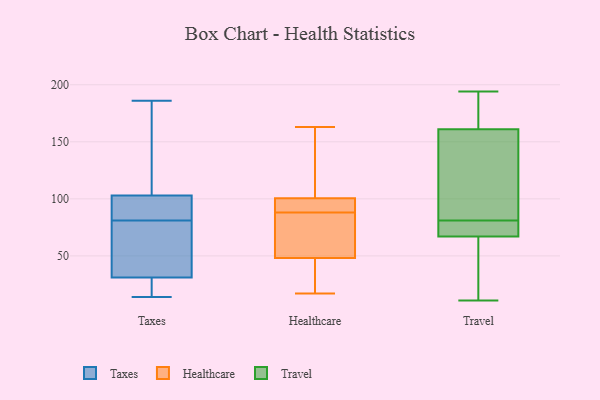
{"axis": {"x": "Shipments", "y": "Value"}, "legend": ["Healthcare", "Taxes", "Travel"], "data": [{"x": "", "y": 41, "type": "Taxes"}, {"x": "", "y": 93, "type": "Taxes"}, {"x": "", "y": 86, "type": "Taxes"}, {"x": "", "y": 159, "type": "Taxes"}, {"x": "", "y": 186, "type": "Taxes"}, {"x": "", "y": 31, "type": "Taxes"}, {"x": "", "y": 14, "type": "Taxes"}, {"x": "", "y": 76, "type": "Taxes"}, {"x": "", "y": 24, "type": "Taxes"}, {"x": "", "y": 103, "type": "Taxes"}, {"x": "", "y": 88, "type": "Healthcare"}, {"x": "", "y": 30, "type": "Healthcare"}, {"x": "", "y": 67, "type": "Healthcare"}, {"x": "", "y": 96, "type": "Healthcare"}, {"x": "", "y": 136, "type": "Healthcare"}, {"x": "", "y": 94, "type": "Healthcare"}, {"x": "", "y": 163, "type": "Healthcare"}, {"x": "", "y": 17, "type": "Healthcare"}, {"x": "", "y": 102, "type": "Healthcare"}, {"x": "", "y": 87, "type": "Healthcare"}, {"x": "", "y": 42, "type": "Healthcare"}, {"x": "", "y": 179, "type": "Travel"}, {"x": "", "y": 150, "type": "Travel"}, {"x": "", "y": 69, "type": "Travel"}, {"x": "", "y": 11, "type": "Travel"}, {"x": "", "y": 84, "type": "Travel"}, {"x": "", "y": 26, "type": "Travel"}, {"x": "", "y": 161, "type": "Travel"}, {"x": "", "y": 194, "type": "Travel"}, {"x": "", "y": 78, "type": "Travel"}, {"x": "", "y": 67, "type": "Travel"}]}